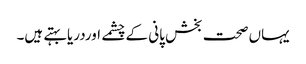
یہاں صحت بخش پانی کے چشمے اوردریابہتے ہیں۔